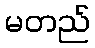
မတည်